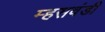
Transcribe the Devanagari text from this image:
म्हसवंडी